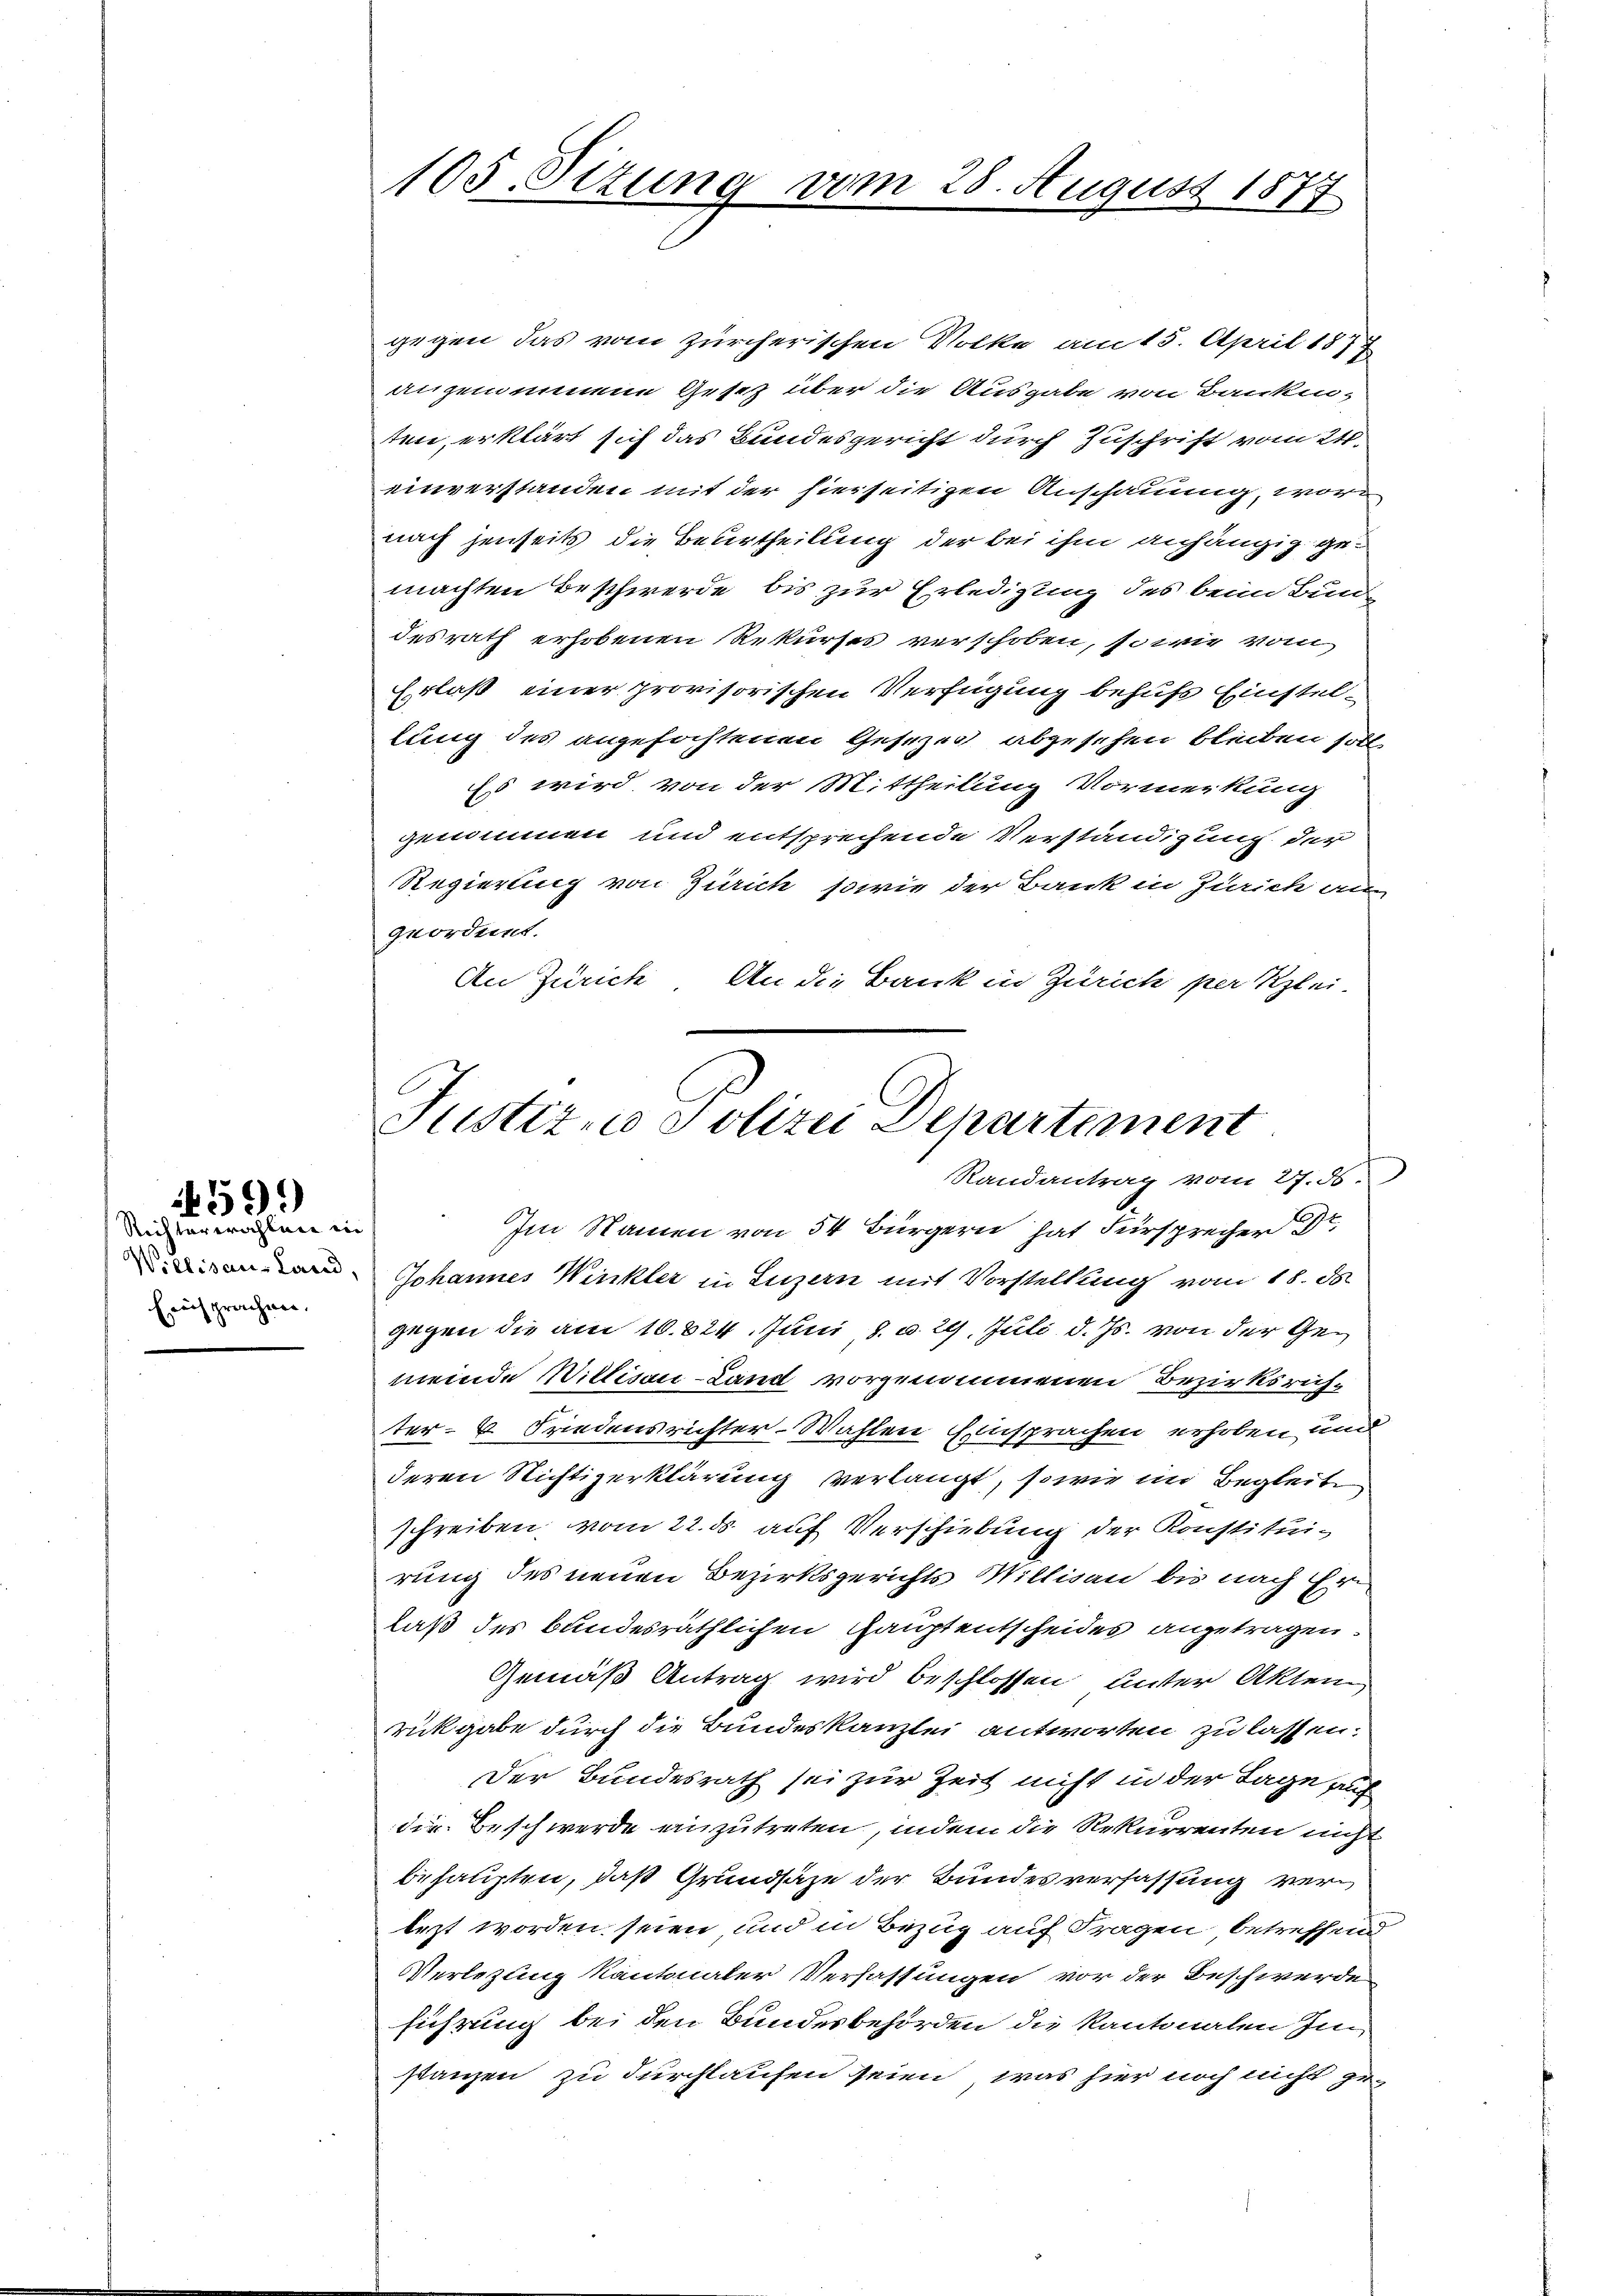
Richterwahlen in
Erisprachen.

599

105. Sitzung

gegen das vom zürcherischen Volke am 15. April 1877
angenommene Gesetz über die Ausgabe von Banken-
tin, erklärt sich das Bundesgericht durch Zuschrift vom 24.
einverstanden mit der hierseitigen Anschauung, wor
nach jenseits die Beurtheilung der bei ihm anhängig gemachten Beschwerde bis zur Erledigung des beim Bunde
desrath erhobenen Rekurses verschoben, so wie vom
Erlaß einer provisorischen Verfügung behufs Einstellung des angefochtenen Gesezes abgesehen bleiben soll,
Es wird von der Mittheilung Vormerkung
genommen und entsprechende Verständigung der
Regierung von Zürich, sowie der Bank in Zürich an-
geordnet.
An Zürich. An die Bank in Zürich per Klei-
Im Namen von 54 Bürgern hat Fürsprecher Dr.
Johannes Winkler in Luzern mit Vorstellung vom 18. d.
gegen die am 16. 824. Juni 8. d. 29. Juli d. Js. von der Gemeinde Willisau-Land vorgenommenen Bezirksrichter- 6. Friedensrichter-Wahlen Einsprachen erhoben, un
deren Richtigerklärung verlangt, sowie im Begleite
schreiben vom 22. ds. auf Verschiebung der Konstituirung des neuen Bezirksgerichts Millisau bis nach Gri
laß des bundesräthlichen Hauptentscheides angetragen.
Gemäß Antrag wird beschlossen unter Akten
rückgabe durch die Bundeskanzlei antworten zu lassen.
Der Bundesrath sei zur Zeit nicht in der Tage aus
die Beschwerde einzutreten, indem die Rekurrenten nicht
behaupten, daß Grundsaze der Bundesverfassung vertezt worden seien und in Bezug auf Fragen, betreffend
Verlegung kantonaler Verfassungen vor der Beschwerde
führung bei den Bundesbehörden die Kantonalen Im
stanzen zu durchlaufen seien, was hier noch nicht ge¬

vom 28. August 1877

Justiz- u Polizei Departement
Randantrag vom 27. ds.